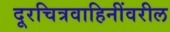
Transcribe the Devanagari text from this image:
दूरचित्रवाहिनींवरील